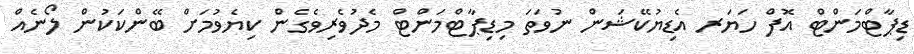
ޑިޕާޓްމަންޓް އޮފް ހަޔަރ އެޑިޔުކޭޝަން ނުވަތަ މިޑިޕާޓްމަންޓް މެދުވެރިވެގެން ކިޔެވުމަށް ބޭންކަކުން ލޯނެއް